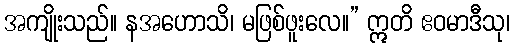
အကျိုးသည်။ နအဟောသိ၊ မဖြစ်ဖူးလေ။” ဣတိ ဧဝမာဒီသု၊